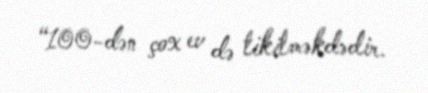
“100-dən çox ev də tikilməkdədir.